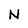
Character: N